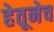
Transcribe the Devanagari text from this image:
हेतूनेच